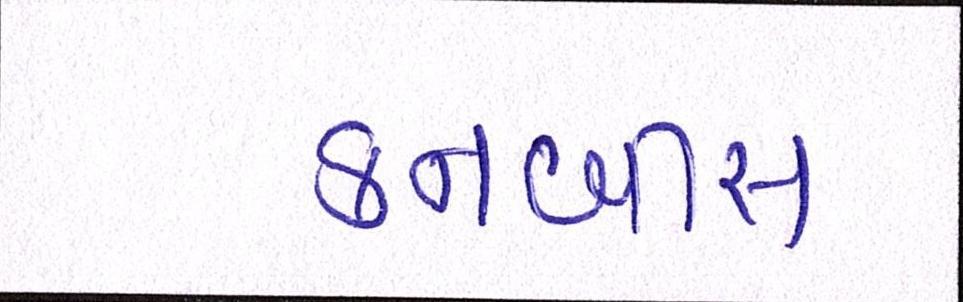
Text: કનબીસ